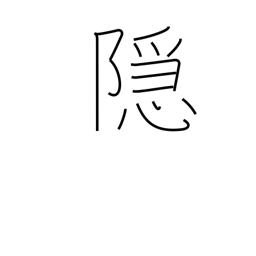
Meaning: cover